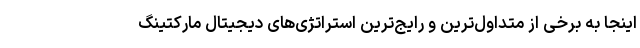
اینجا به برخی از متداول‌ترین و رایج‌ترین استراتژی‌های دیجیتال مارکتینگ